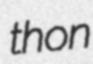
thon